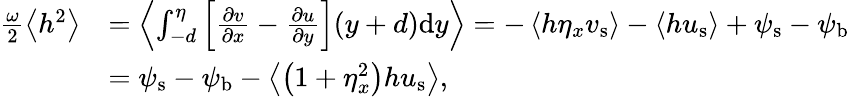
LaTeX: \begin{array}{rl}{\frac{\omega}{2}\left<h^{2}\right>}&{=\left<\int_{-d}^{\eta}\left[\frac{\partial v}{\partial x}-\frac{\partial u}{\partial y}\right](y+d)\mathrm{d}y\right>=-\left<h\eta_{x}{v}_{\mathrm{s}}\right>-\left<h{u}_{\mathrm{s}}\right>+{\psi}_{\mathrm{s}}-{\psi}_{\mathrm{b}}}\\ &{={\psi}_{\mathrm{s}}-{\psi}_{\mathrm{b}}-\left<\left(1+\eta_{x}^{2}\right)h{u}_{\mathrm{s}}\right>,}\end{array}